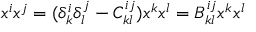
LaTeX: x ^ { i } x ^ { j } = ( \delta _ { k } ^ { i } \delta _ { l } ^ { j } - C _ { k l } ^ { i j } ) x ^ { k } x ^ { l } = B _ { k l } ^ { i j } x ^ { k } x ^ { l }